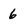
Character: 6